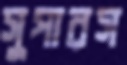
সুপারস